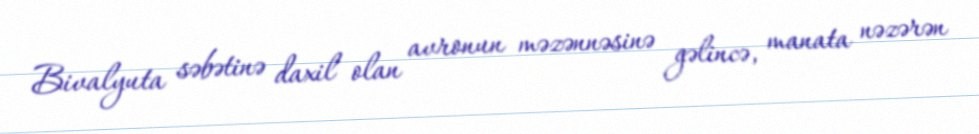
Bivalyuta səbətinə daxil olan avronun məzənnəsinə gəlincə, manata nəzərən